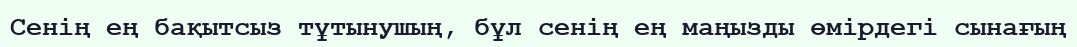
Cенің ең бақытсыз тұтынушың, бұл сенің ең маңызды өмірдегі сынағың